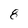
Character: 8